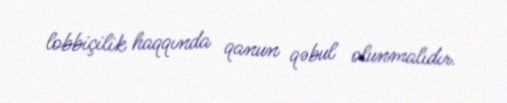
lobbiçilik haqqında qanun qəbul olunmalıdır.